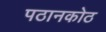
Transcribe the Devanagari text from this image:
पठानकोठ